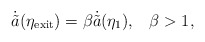
\begin{align*}\dot{\tilde{a}}(\eta_{\rm exit})=\beta\dot{\tilde{a}}(\eta_1) ,\;\;\;\beta>1 ,\end{align*}